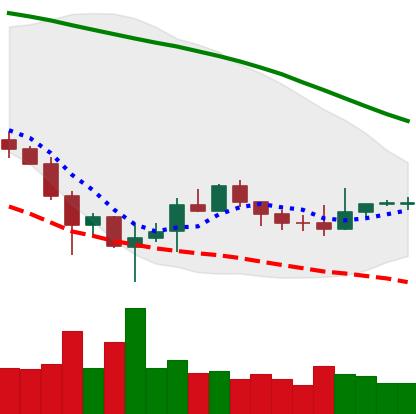
Ticker: BTC-USD
Chart end date: 2019-12-08
Forward return: -3.895%
Label: down_3_5